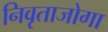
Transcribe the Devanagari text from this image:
निवृताजोगा